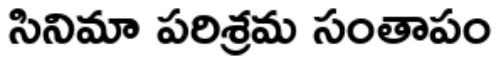
సినిమా పరిశ్రమ సంతాపం